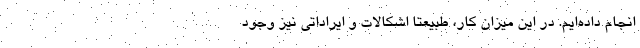
انجام داده‌ایم. در این میزان کار، طبیعتا اشکالات و ایراداتی نیز وجود